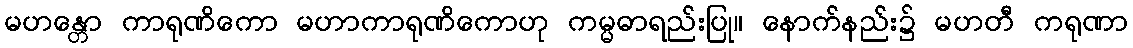
မဟန္တော ကာရုဏိကော မဟာကာရုဏိကောဟု ကမ္မဓာရည်းပြု။ နောက်နည်း၌ မဟတီ ကရုဏာ